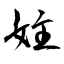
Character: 妵